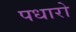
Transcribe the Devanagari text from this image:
पधारो